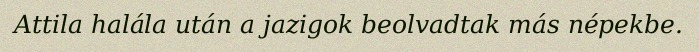
Attila halála után a jazigok beolvadtak más népekbe.